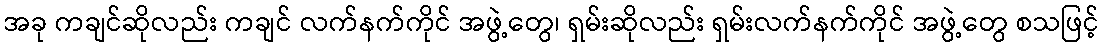
အခု ကချင်ဆိုလည်း ကချင် လက်နက်ကိုင် အဖွဲ့တွေ၊ ရှမ်းဆိုလည်း ရှမ်းလက်နက်ကိုင် အဖွဲ့တွေ စသဖြင့်